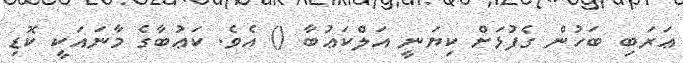
ޢަރަބި ބަހުން ގެފުޅަށް ކިޔަނީ އަލްކަޢުބާ () އެވެ. ކަޢުބާގެ މާނައަކީ ކޮޑި